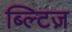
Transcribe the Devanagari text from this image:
ब्ल्टिज़